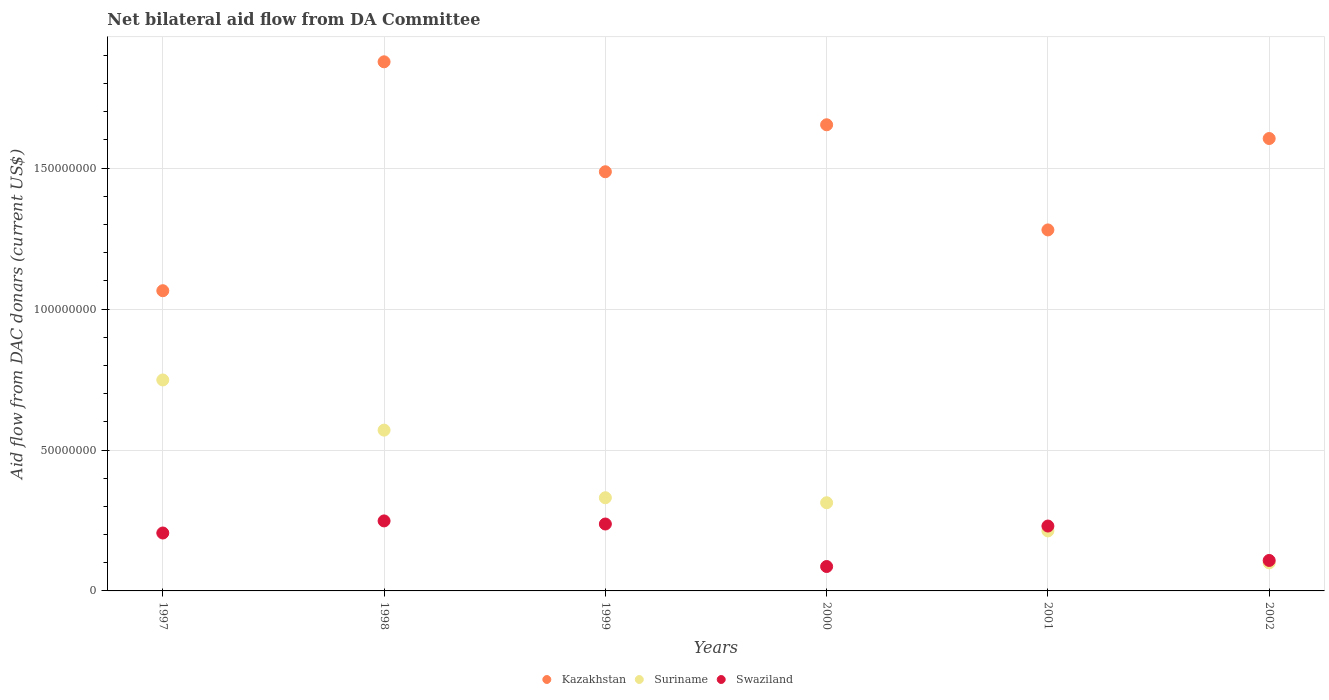
| Years | Kazakhstan | Suriname | Swaziland |
 | --- | --- | --- | --- |
 | 1997 | 1.07e+08 | 7.48e+07 | 2.06e+07 |
 | 1998 | 1.88e+08 | 5.70e+07 | 2.48e+07 |
 | 1999 | 1.49e+08 | 3.31e+07 | 2.37e+07 |
 | 2000 | 1.65e+08 | 3.13e+07 | 8.66e+06 |
 | 2001 | 1.28e+08 | 2.13e+07 | 2.3e+07 |
 | 2002 | 1.61e+08 | 9.96e+06 | 1.08e+07 |